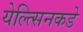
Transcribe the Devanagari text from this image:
येल्त्सिनकडे